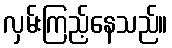
လှမ်းကြည့်နေသည်။